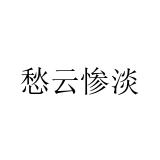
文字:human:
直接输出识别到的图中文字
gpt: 愁云惨淡